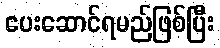
ပေးဆောင်ရမည်ဖြစ်ပြီး